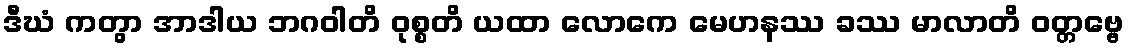
ဒီဃံ ကတွာ အာဒါယ ဘဂဝါတိ ဝုစ္စတိ ယထာ လောကေ မေဟနဿ ခဿ မာလာတိ ဝတ္တဗ္ဗေ